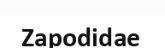
Zapodidae